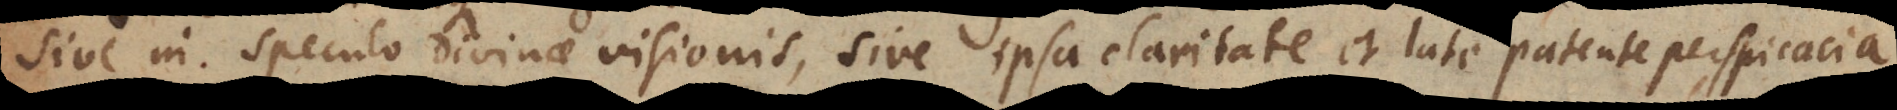
sive in speculo divinae visionis, sive ipsa claritate et late patente perspicacia